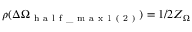
\rho ( \Delta \Omega _ { \mathrm { ~ h ~ a ~ l ~ f ~ \_ ~ m ~ a ~ x ~ 1 ~ ( ~ 2 ~ ) ~ } } ) = 1 / 2 Z _ { \Omega }